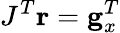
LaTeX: J^{T}\mathbf{r}=\mathbf{g}_{x}^{T}